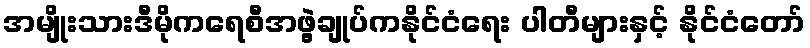
အမျိုးသားဒီမိုကရေစီအဖွဲ့ချုပ်ကနိုင်ငံရေး ပါတီများနှင့် နိုင်ငံတော်